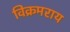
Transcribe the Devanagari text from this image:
विक्रमराय